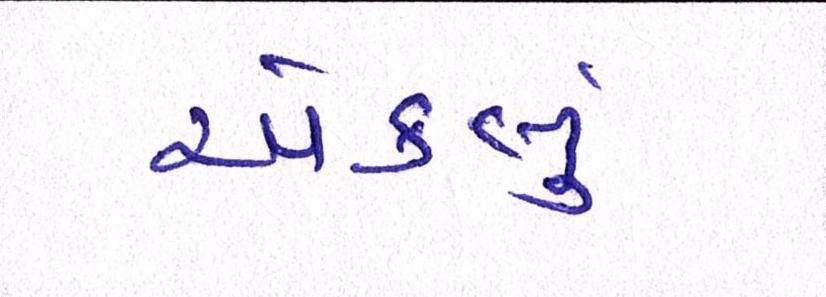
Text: એકલું